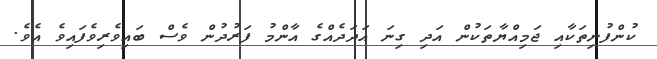
ކުންފުނިތަކާއި ޖަމިއްޔާތަކުން އަދި ގިނަ އަދަދެއްގެ އާންމު ފަރުދުން ވެސް ބައިވެރިވެފައިވެ އެވެ.